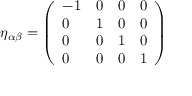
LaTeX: \eta _ { \alpha \beta } = { \left( \begin{array} { l l l l } { - 1 } & { 0 } & { 0 } & { 0 } \\ { 0 } & { 1 } & { 0 } & { 0 } \\ { 0 } & { 0 } & { 1 } & { 0 } \\ { 0 } & { 0 } & { 0 } & { 1 } \end{array} \right) }